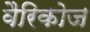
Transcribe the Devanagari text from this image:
वैरिकोज